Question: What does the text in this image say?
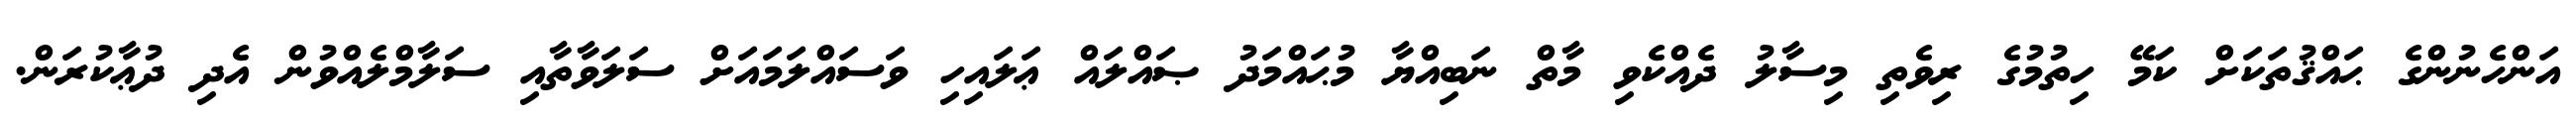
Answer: އަންހެނުންގެ ޙައްޤުތަކަށް ކަމޭ ހިތުމުގެ ރިވެތި މިސާލު ދެއްކެވި މާތް ނަބިއްޔާ މުޙައްމަދު ޞައްލައް ޢަލައިހި ވަސައްލަމައަށް ސަލަވާތާއި ސަލާމްލެއްވުން އެދި ދުޢާކުރަން.